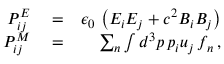
\begin{array} { r l r } { { \cal P } _ { i j } ^ { E } } & { { } = } & { \epsilon _ { 0 } \, \left( E _ { i } E _ { j } + c ^ { 2 } B _ { i } B _ { j } \right) } \\ { { \cal P } _ { i j } ^ { M } } & { { } = } & { \sum _ { n } \int d ^ { 3 } p \, p _ { i } u _ { j } \, f _ { n } \, , } \end{array}